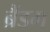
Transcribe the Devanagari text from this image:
ब्रैंडम